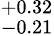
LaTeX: ^{+0.32}_{-0.21}